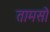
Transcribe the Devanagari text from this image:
तामसो